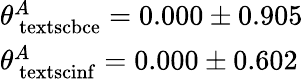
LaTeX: \begin{array}{ll}{\theta_{\mathrm{\ textsc{bce}}}^{A}=0.000\pm 0.905}\\ {\theta_{\mathrm{\ textsc{inf}}}^{A}=0.000\pm 0.602}\end{array}